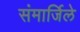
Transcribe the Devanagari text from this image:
संमार्जिले